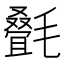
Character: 𬇇